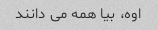
اوه، بیا همه می دانند